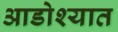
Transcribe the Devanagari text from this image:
आडोश्यात